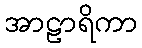
အာဠာရိကာ